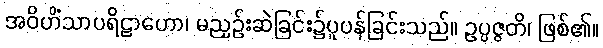
အဝိဟိံသာပရိဠာဟော၊ မညှဉ်းဆဲခြင်း၌ပူပန်ခြင်းသည်။ ဥပ္ပဇ္ဇတိ၊ ဖြစ်၏။